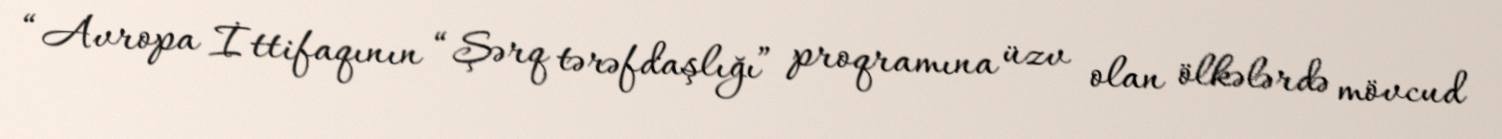
“Avropa İttifaqının “Şərq tərəfdaşlığı” proqramına üzv olan ölkələrdə mövcud